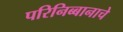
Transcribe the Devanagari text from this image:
परिनिब्बानाचे